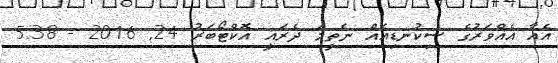
އެއާ އެއްވަރުގެ ސިކުނޑިއެއް ނެތީމަ ދެރައީ އޮކްޓޯބަރު 24